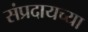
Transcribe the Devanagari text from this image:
संप्रदायच्या